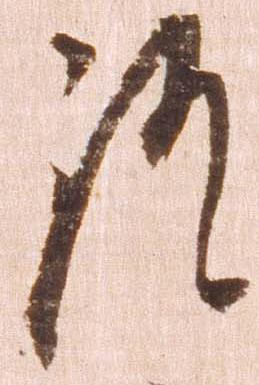
証